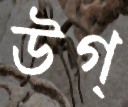
উগ্‌